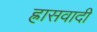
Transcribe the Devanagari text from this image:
ह्रासवादी